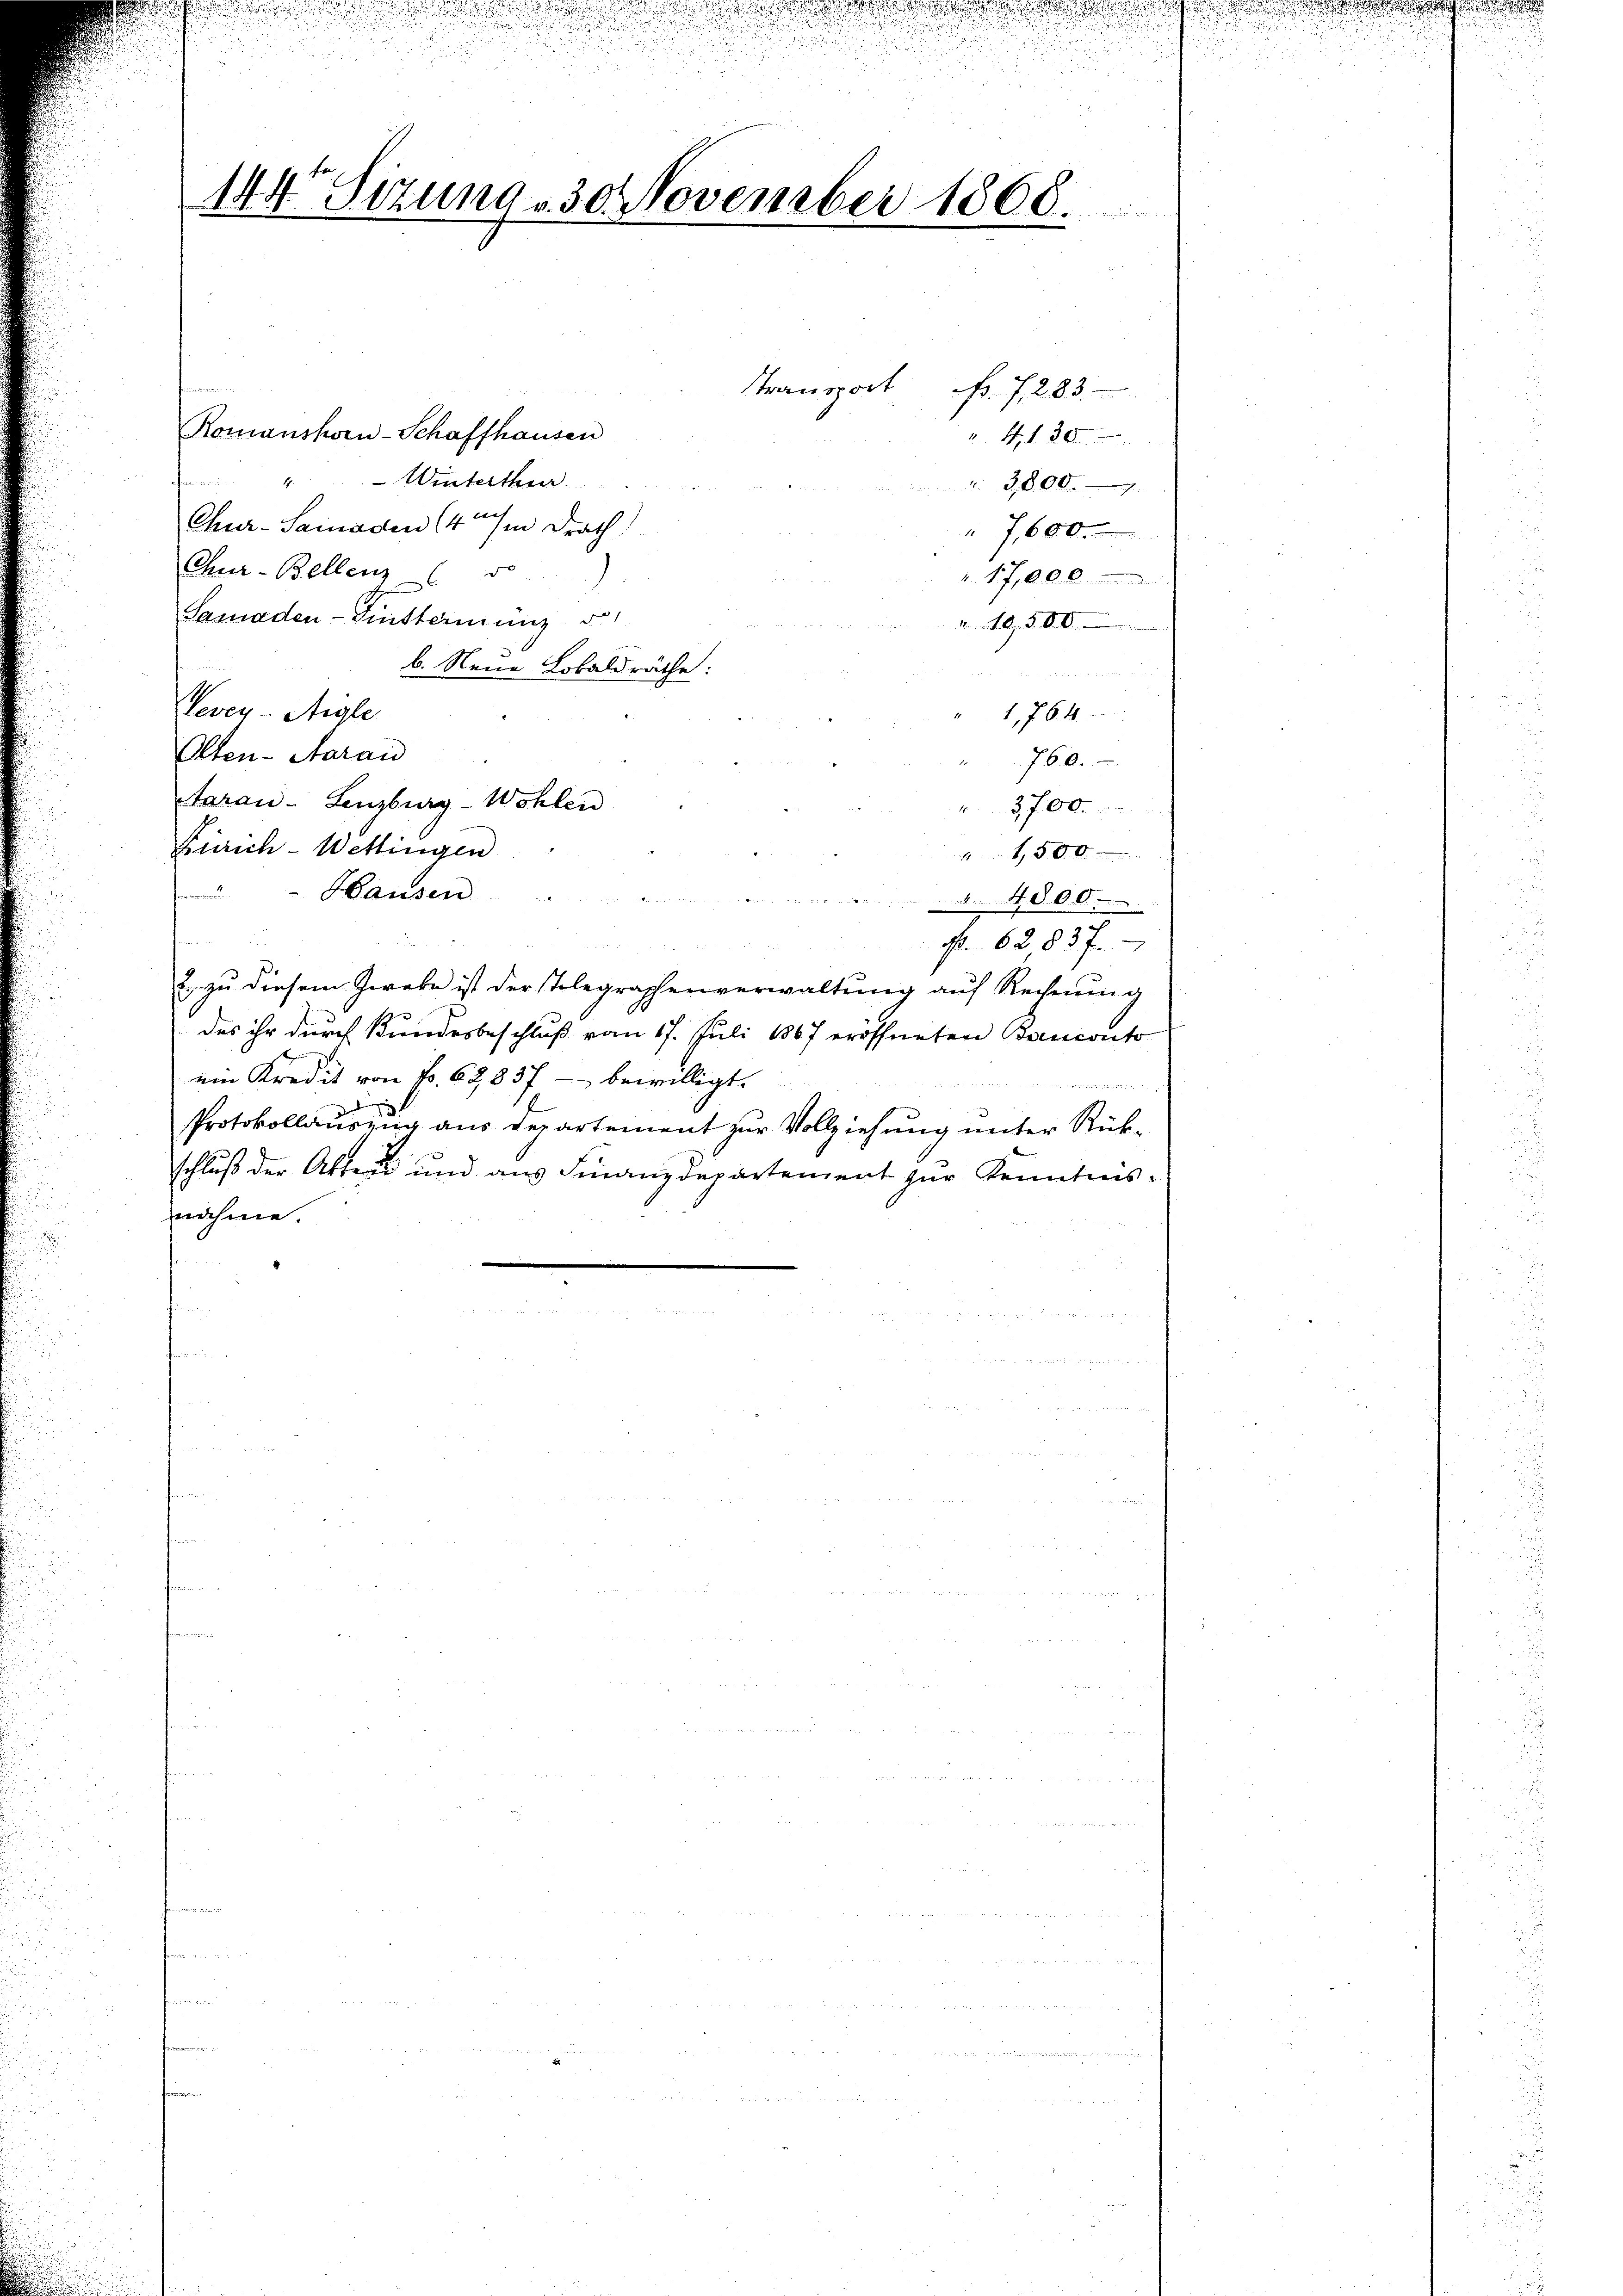
u

eer an werden s
u
u
.

.
.

144 Sitzung 30 November 1866.

d
Romanshorn-Schaffhausen
 Winterthur
4.
Chur-Sainaden (4 im Drath
Chur-Bellenz (55)
Samaden Finsterienz d
2.10. S. 18
b. Neue Lobaldräthe.
Veven- Aigle
" 1,764
Olten-Aarau
760.
Aarau - Lenzburg-Wohlen
3700.
Zürich - Wettingen
0 x
Hausen
 . . . . .
2
62,837.

Er zu diesem Zweke ist der Tolegraphenverwaltung auf Rechnung
des ihr durch Bundesbeschluß vom 17. Juli 1867 eröffneten Banconto
ein Kredit von Fr. 62837 - bewilligt.
Protokollauszug aus Departement zur Vollziehung unter Rückschluß der Akten und aus Finanzdepartement zur Kenntnis.
nahme.

Stransport fr. f. 283.

41. 30.
3,8009
7,600.
17,000

u